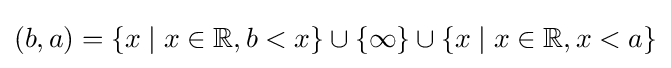
(b,a)=\{x\mid x\in \mathbb {R} ,b<x\}\cup \{\infty \}\cup \{x\mid x\in \mathbb {R} ,x<a\}